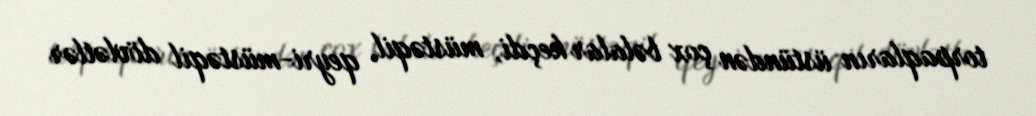
torpaqların üstündən çox bəlalar keçdi, müstəqil, qeyri-müstəqil dövlətlər